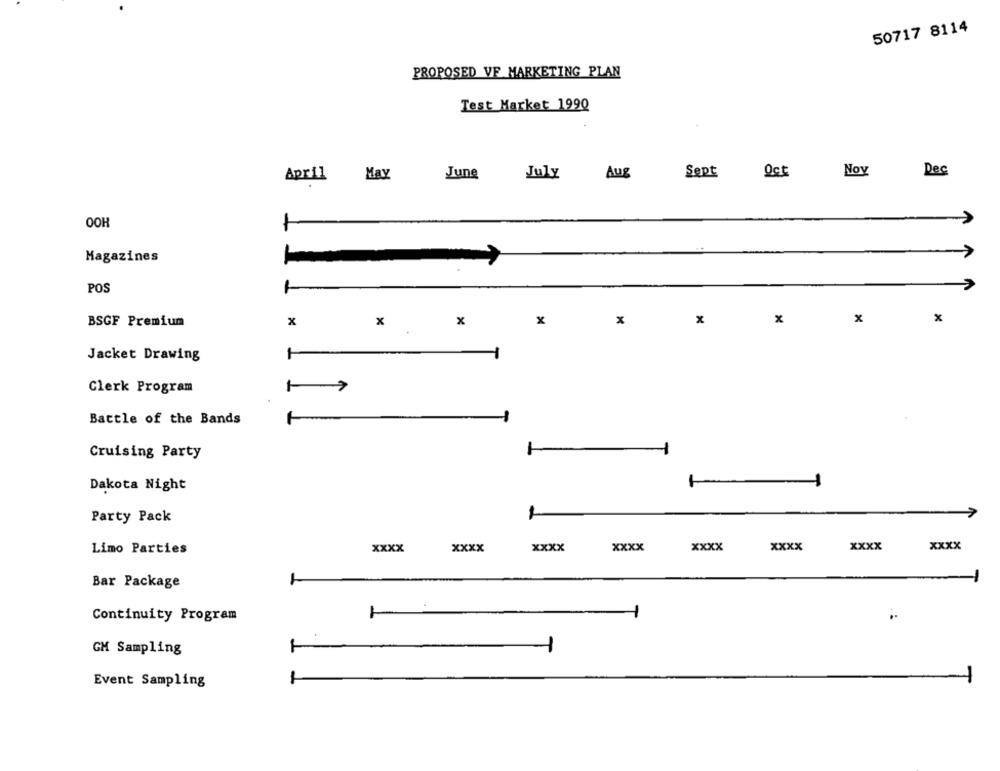
50717 8114
PROPOSED VF MARKETING PLAN
Test Market 1990
May
June
July
Aug
Sept
Oct
Noy
Dec
April
OOH
>
7
Magazines
POS
BSGF Premium
x
x
x
x
x
x
x
x
Jacket Drawing
1
Clerk Program
Battle of the Bands
Cruising Party
1
1
Dakota Night
1
Party Pack
xxxx
xxxx
xxxx
xxxx
xxxx
xxxx
xxxx
xxxx
Limo Parties
Bar Package
Continuity Program
1
1
GM Sampling
Event Sampling